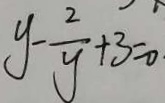
y - \frac { 2 } { y } + 3 = 0